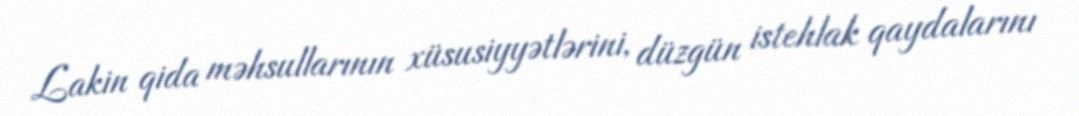
Lakin qida məhsullarının xüsusiyyətlərini, düzgün istehlak qaydalarını